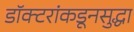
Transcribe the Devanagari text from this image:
डॉक्टरांकडूनसुद्धा